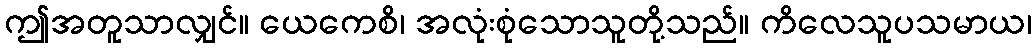
ဤအတူသာလျှင်။ ယေကေစိ၊ အလုံးစုံသောသူတို့သည်။ ကိလေသူပသမာယ၊